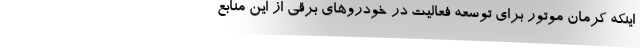
اینکه کرمان موتور برای توسعه فعالیت در خودروهای برقی از این منابع